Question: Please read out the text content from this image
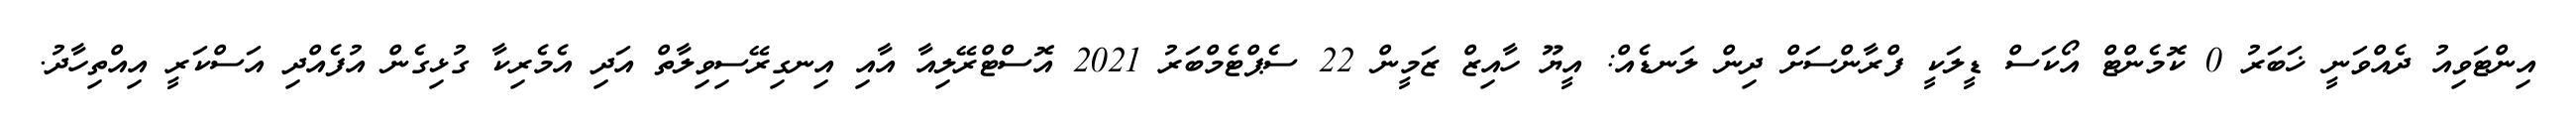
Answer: އިންޓަވިއު ދެއްވަނީ ޚަބަރު 0 ކޮމެންޓް އޯކަސް ޑީލަކީ ފްރާންސަށް ދިން ލަނޑެއް: އީޔޫ ހާއިޒް ޒަމީން 22 ސެޕްޓެމްބަރު 2021 އޮސްޓްރޭލިއާ އާއި އިނގިރޭސިވިލާތް އަދި އެމެރިކާ ގުޅިގެން އުފެއްދި އަސްކަރީ އިއްތިހާދު.